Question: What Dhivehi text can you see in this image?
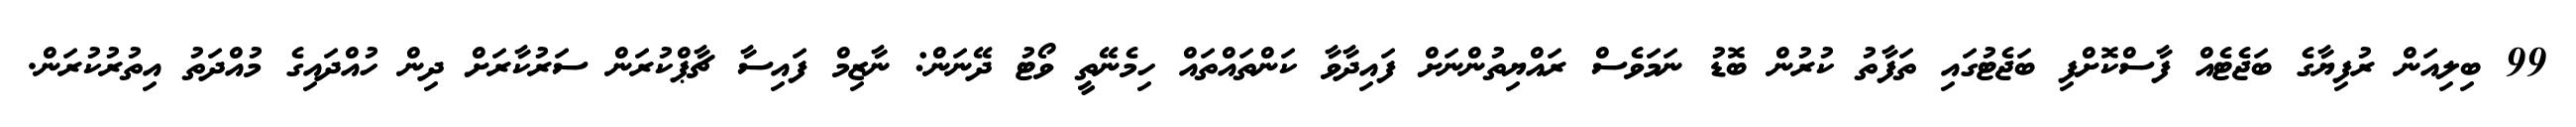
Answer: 99 ބިލިއަން ރުފިޔާގެ ބަޖެޓެއް ފާސްކޮށްފި ބަޖެޓުގައި ތަފާތު ކުރުން ބޮޑު ނަމަވެސް ރައްޔިތުންނަށް ފައިދާވާ ކަންތައްތައް ހިމެނޭތީ ވޯޓު ދޭނަން: ނާޒިމް ފައިސާ ޗާޕްކުރަން ސަރުކާރަށް ދިން ހުއްދައިގެ މުއްދަތު އިތުރުކުރަން.